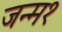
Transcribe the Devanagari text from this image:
जन्म१